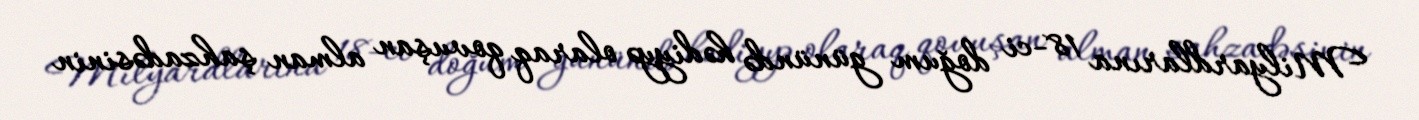
Milyardlarına 18-ci doğum günündə hədiyyə olaraq qovuşan alman şahzadəsinin